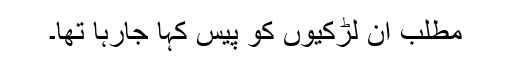
مطلب ان لڑکیوں کو پیس کہا جارہا تھا۔